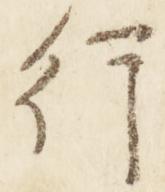
行